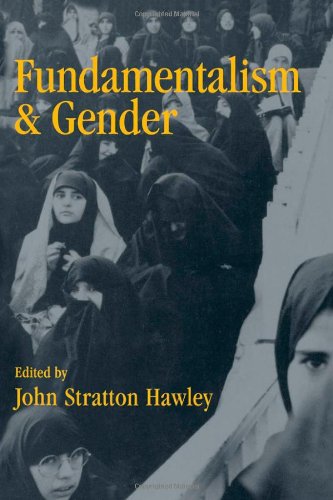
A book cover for Fundamentalism and Gender; Christian Books & Bibles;